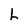
Character: h